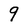
Character: 9